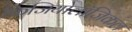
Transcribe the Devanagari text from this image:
फिजियोलॉजिकल